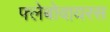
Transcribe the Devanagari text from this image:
फ्लेबोवायरस